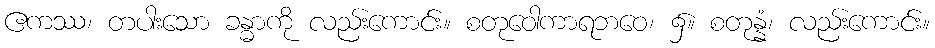
ဧကဿ၊ တပါးသော ခန္ဓာကို လည်းကောင်း။ စတုဝေါကာရဘဝေ၊ ၌။ စတုန္နံ၊ လည်းကောင်း။